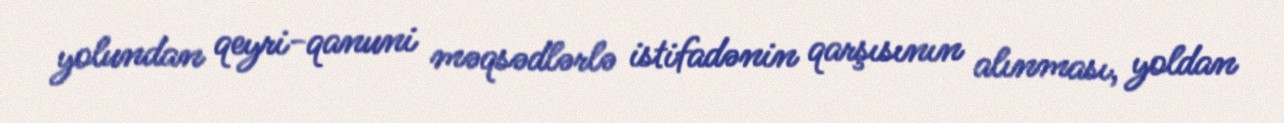
yolundan qeyri-qanuni məqsədlərlə istifadənin qarşısının alınması, yoldan